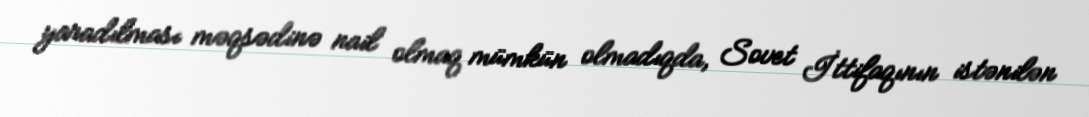
yaradılması məqsədinə nail olmaq mümkün olmadıqda, Sovet İttifaqının istənilən